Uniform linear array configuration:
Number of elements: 8
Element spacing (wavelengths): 0.5
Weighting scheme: hamming
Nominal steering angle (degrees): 60
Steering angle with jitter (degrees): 59.459
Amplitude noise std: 0.05
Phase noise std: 0.05

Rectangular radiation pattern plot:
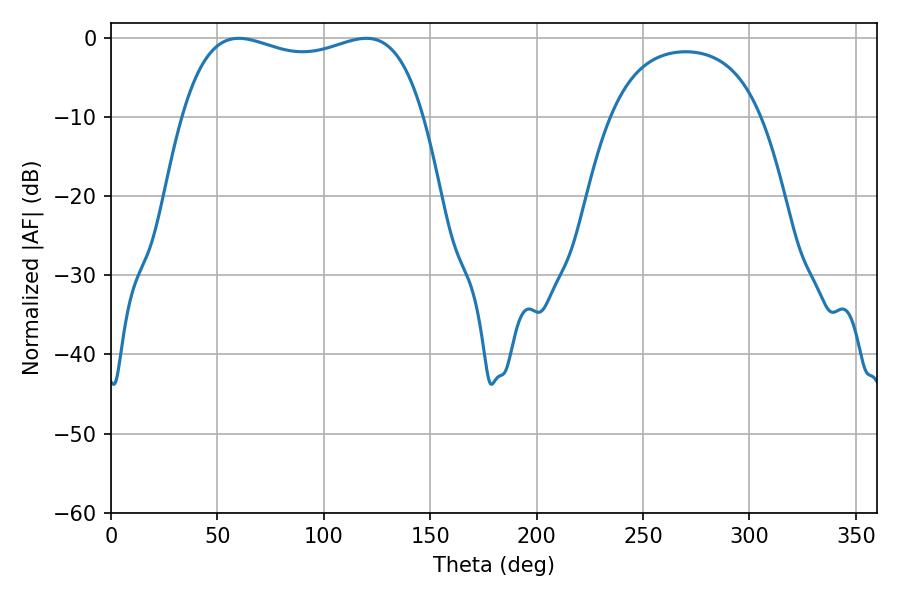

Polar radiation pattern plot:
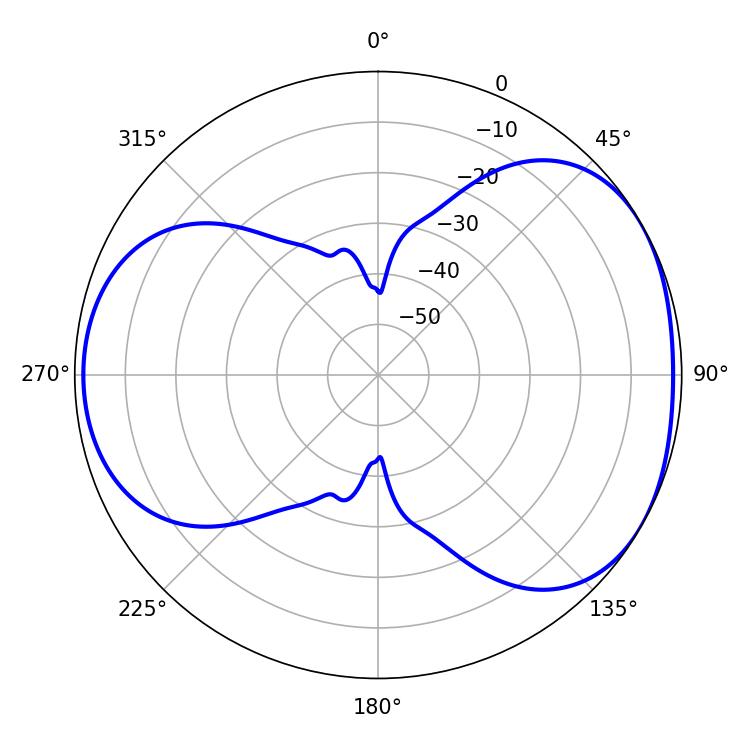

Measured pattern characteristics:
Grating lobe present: FALSE
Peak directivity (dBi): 4.466
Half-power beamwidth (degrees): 92.52
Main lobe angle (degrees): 60.12